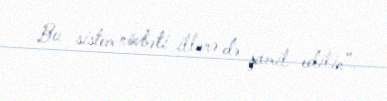
Bu sistem növbəti illərə də şamil edilir”.